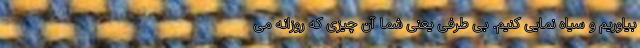
بیاوریم و سیاه نمایی کنیم. بی طرفی یعنی شما آن چیزی که روزانه می‌